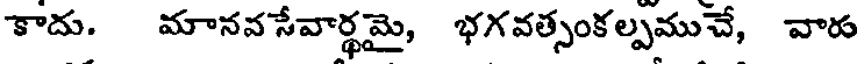
కాదు. మానవ సేవార్థమై, భగవత్సంకల్పముచే, వారు